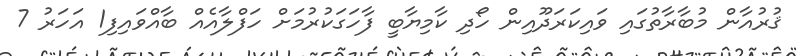
ޤުރުއާން މުބާރާތުގައި ވައިކަރަދޫއިން ހޯދި ކާމިޔާބީ ފާހަގަކުރުމަށް ހަފްލާއެއް ބާއްވައިފި1 އަހަރު 7